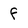
Character: f